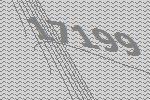
17199